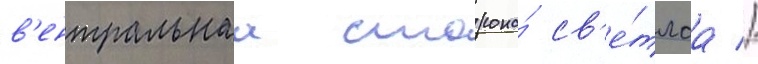
в'ентральнаа сторона́ св'е́тлаа //